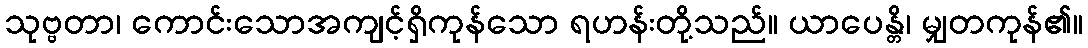
သုဗ္ဗတာ၊ ကောင်းသောအကျင့်ရှိကုန်သော ရဟန်းတို့သည်။ ယာပေန္တိ၊ မျှတကုန်၏။